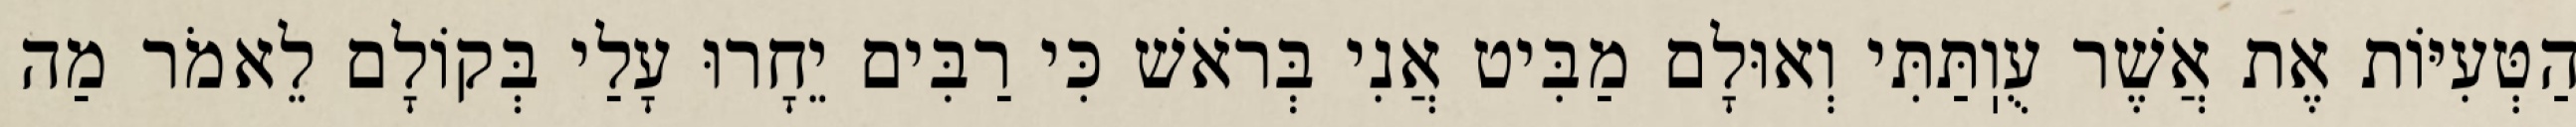
הַטְּעִיּוֹת אֶת אֲשֶׁר עֻוֽתַּתִּי וְאוּלָם מַבִּיט אֲנִי בְּרֹאשׁ כִּי רַבִּים יֵחָרוּ עָלַי בְּקוֹלָם לֵאמֹר מַה